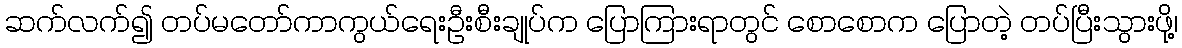
ဆက်လက်၍ တပ်မတော်ကာကွယ်ရေးဦးစီးချုပ်က ပြောကြားရာတွင် စောစောက ပြောတဲ့ တပ်ပြီးသွားဖို့၊